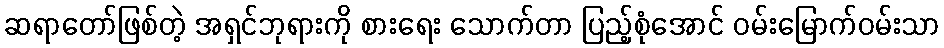
ဆရာတော်ဖြစ်တဲ့ အရှင်ဘုရားကို စားရေး သောက်တာ ပြည့်စုံအောင် ဝမ်းမြောက်ဝမ်းသာ